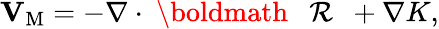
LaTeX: {\mathbf{V}}_{\mathrm{{M}}}=-\nabla\cdot\mathrm{~\boldmath~\cal~{~R~}~}+\nabla K,